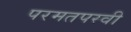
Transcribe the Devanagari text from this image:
परमतपस्वी